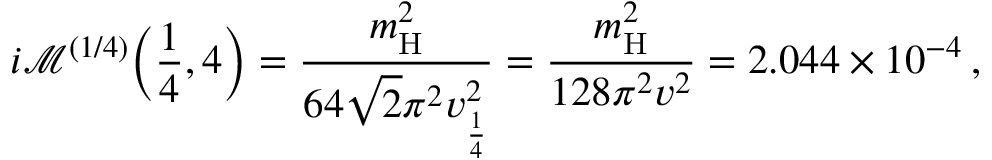
i \mathcal { M } ^ { ( 1 / 4 ) } \bigg ( \frac { 1 } { 4 } , 4 \bigg ) = \frac { m _ { \mathrm { H } } ^ { 2 } } { 6 4 \sqrt { 2 } \pi ^ { 2 } v _ { \frac { 1 } { 4 } } ^ { 2 } } = \frac { m _ { \mathrm { H } } ^ { 2 } } { 1 2 8 \pi ^ { 2 } v ^ { 2 } } = 2 . 0 4 4 \times 1 0 ^ { - 4 } \, ,